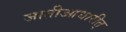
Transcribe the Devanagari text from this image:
जातीआधारीत्